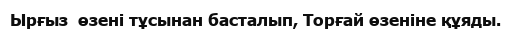
Ырғыз  өзені тұсынан басталып, Торғай өзеніне құяды.